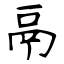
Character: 鬲